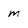
Character: M